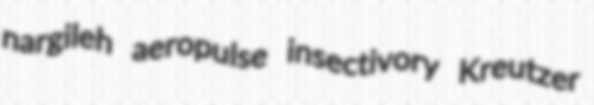
nargileh aeropulse insectivory Kreutzer